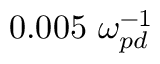
0 . 0 0 5 ~ \omega _ { p d } ^ { - 1 }